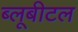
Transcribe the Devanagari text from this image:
ब्‍लूबीटल